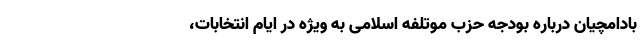
بادامچیان درباره بودجه حزب موتلفه اسلامی به ویژه در ایام انتخابات،